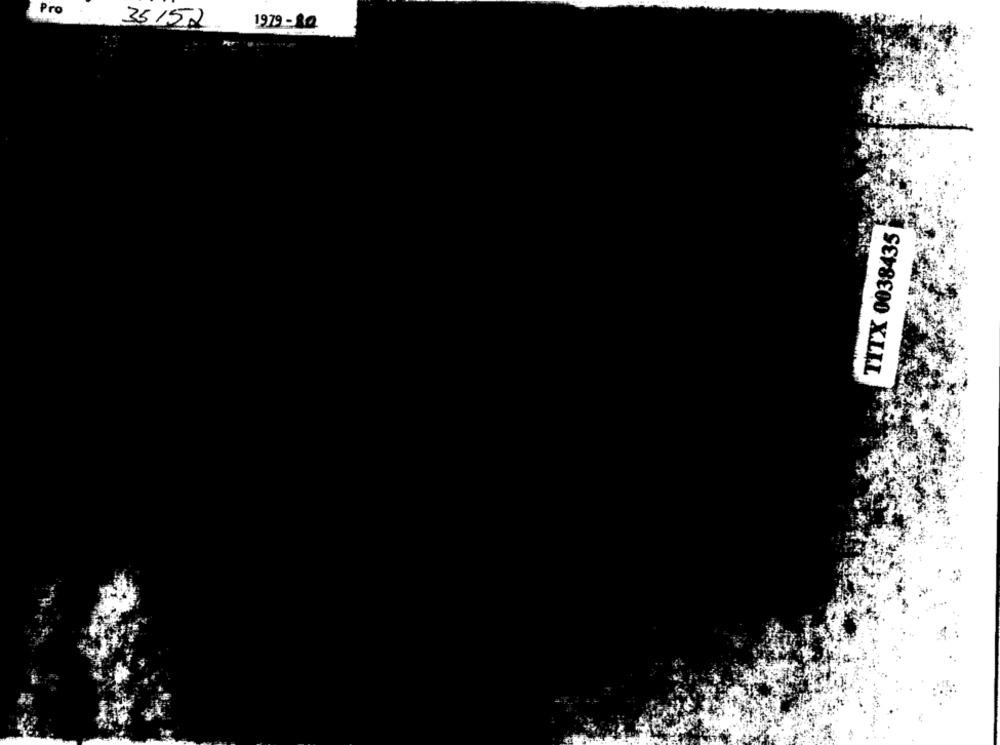
Pro
1979 -10
35152
TITX 0038435